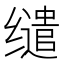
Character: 缱